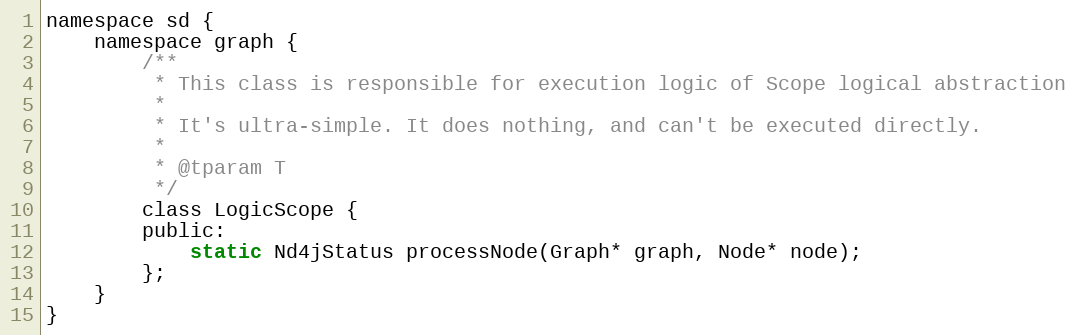
Language: C
namespace sd {
    namespace graph {
        /**
         * This class is responsible for execution logic of Scope logical abstraction
         *
         * It's ultra-simple. It does nothing, and can't be executed directly.
         *
         * @tparam T
         */
        class LogicScope {
        public:
            static Nd4jStatus processNode(Graph* graph, Node* node);
        };
    }
}